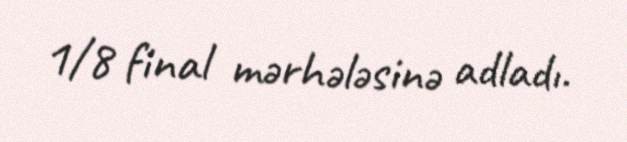
1/8 final mərhələsinə adladı.